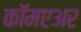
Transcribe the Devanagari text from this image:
कॉमएअर